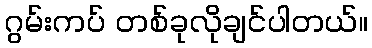
ဂွမ်းကပ် တစ်ခုလိုချင်ပါတယ်။